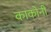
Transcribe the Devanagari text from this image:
काकोनी